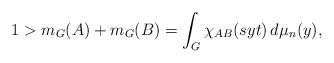
LaTeX: \begin{align*}1 > m_G(A) + m_G(B) = \int_G \chi_{AB}(syt) \, d\mu_n(y),\end{align*}